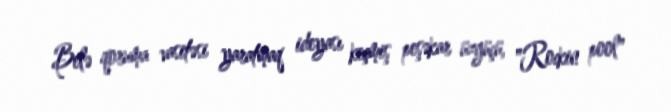
Belə qoruma vasitəsi yaratmaq ideyası keçmiş peşəkar üzgüçü, "Rockin pool"